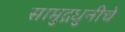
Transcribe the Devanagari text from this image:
सामुद्रधुनीचे